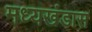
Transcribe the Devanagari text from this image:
मध्यखंडास